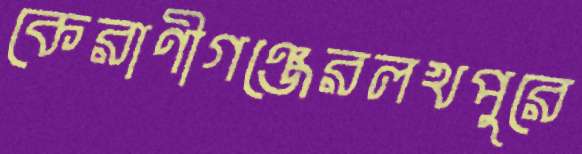
কেরাণীগঞ্জেরলখপুরে